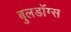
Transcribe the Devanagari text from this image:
बुलडॉग्‍स